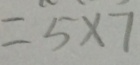
= 5 \times 7